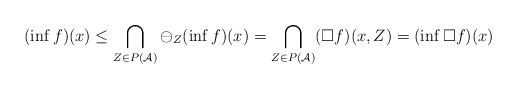
\begin{align*}(\inf f)(x) \leq \bigcap_{Z\in P(\mathcal{A})} \ominus_Z (\inf f)(x) = \bigcap_{Z\in P(\mathcal{A})} (\Box f) (x,Z) = (\inf \Box f)(x) \end{align*}